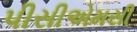
પીસીએમસી